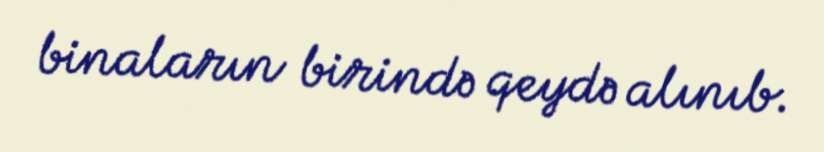
binaların birində qeydə alınıb.